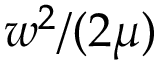
w ^ { 2 } / ( 2 \mu )